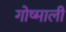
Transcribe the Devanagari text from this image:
गोष्माली